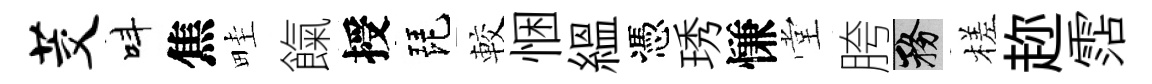
茭呌焦畦餼授琵較悃緼憑琇慊堂胯務槎趂霑